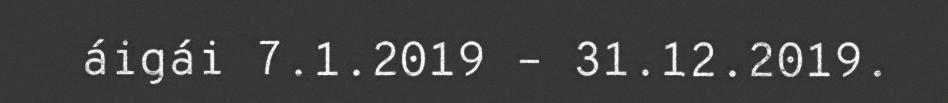
áigái 7.1.2019 – 31.12.2019.